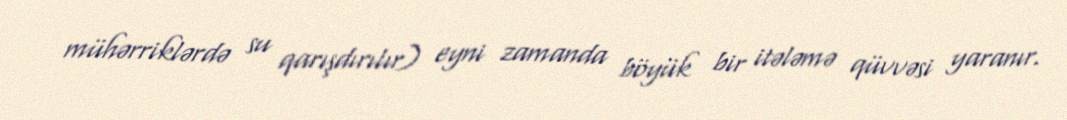
mühərriklərdə su qarışdırılır) eyni zamanda böyük bir itələmə qüvvəsi yaranır.